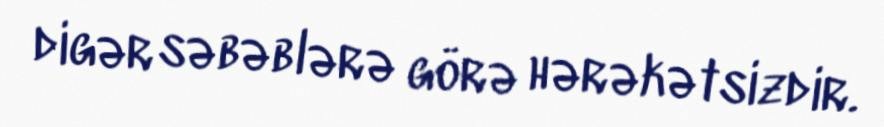
digər səbəblərə görə hərəkətsizdir.